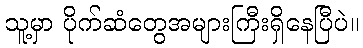
သူ့မှာ ပိုက်ဆံတွေအများကြီးရှိနေပြီပဲ။